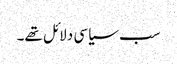
سب سیاسی دلائل تھے۔